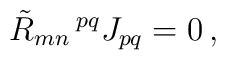
{\tilde R}_{mn}\,^{pq} J_{pq} = 0\,,